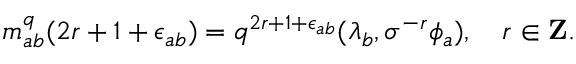
m _ { a b } ^ { q } ( 2 r + 1 + \epsilon _ { a b } ) = q ^ { 2 r + 1 + \epsilon _ { a b } } ( \lambda _ { b } , \sigma ^ { - r } \phi _ { a } ) , \ \ \ r \in { \bf Z } .